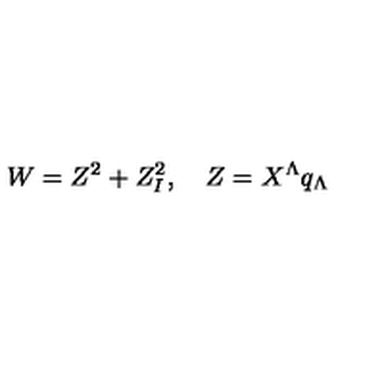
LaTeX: W = Z ^ { 2 } + Z _ { I } ^ { 2 } , \quad Z = X ^ { \Lambda } q _ { \Lambda }